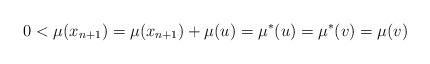
LaTeX: \begin{align*} 0<\mu(x_{n+1})=\mu(x_{n+1})+\mu(u)=\mu^*(u)=\mu^*(v)=\mu(v)\end{align*}